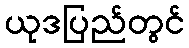
ယုဒပြည်တွင်